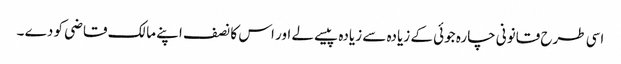
اسی طرح قانونی چارہ جوئی کے زیادہ سے زیادہ پیسے لے اور اس کا نصف اپنے مالک قاضی کو دے ۔